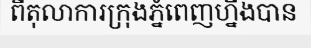
ពីតុលាការក្រុងភ្នំពេញហ្នឹងបាន